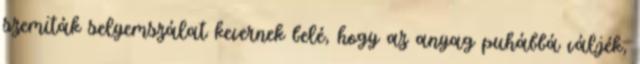
szemiták selyemszálat kevernek belé, hogy az anyag puhábbá váljék,